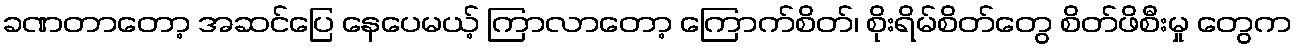
ခဏတာတော့ အဆင်ပြေ နေပေမယ့် ကြာလာတော့ ကြောက်စိတ်၊ စိုးရိမ်စိတ်တွေ စိတ်ဖိစီးမှု တွေက